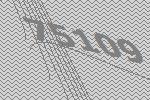
75109